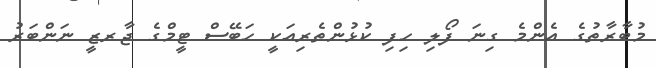
މުބާރާތުގެ އެންމެ ގިނަ ފޯލި ހިފި ކުޅުންތެރިއަކީ ހަބޭސް ޓީމްގެ ޖާރޒީ ނަންބަރު